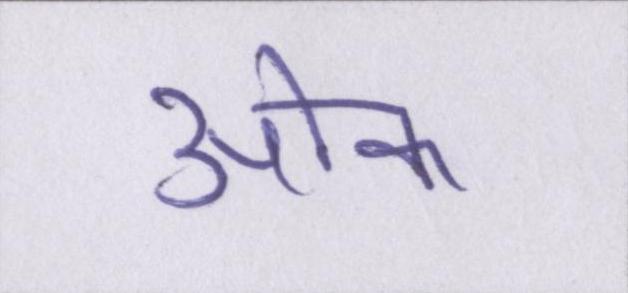
ओक